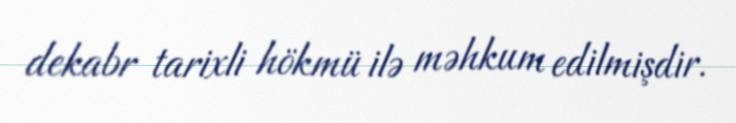
dekabr tarixli hökmü ilə məhkum edilmişdir.